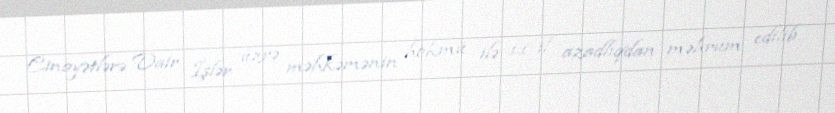
Cinayətlərə Dair İşlər üzrə məhkəmənin hökmü ilə 11 il azadlıqdan məhrum edilib.